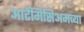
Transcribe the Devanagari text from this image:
आर्टेमिसिअमच्या